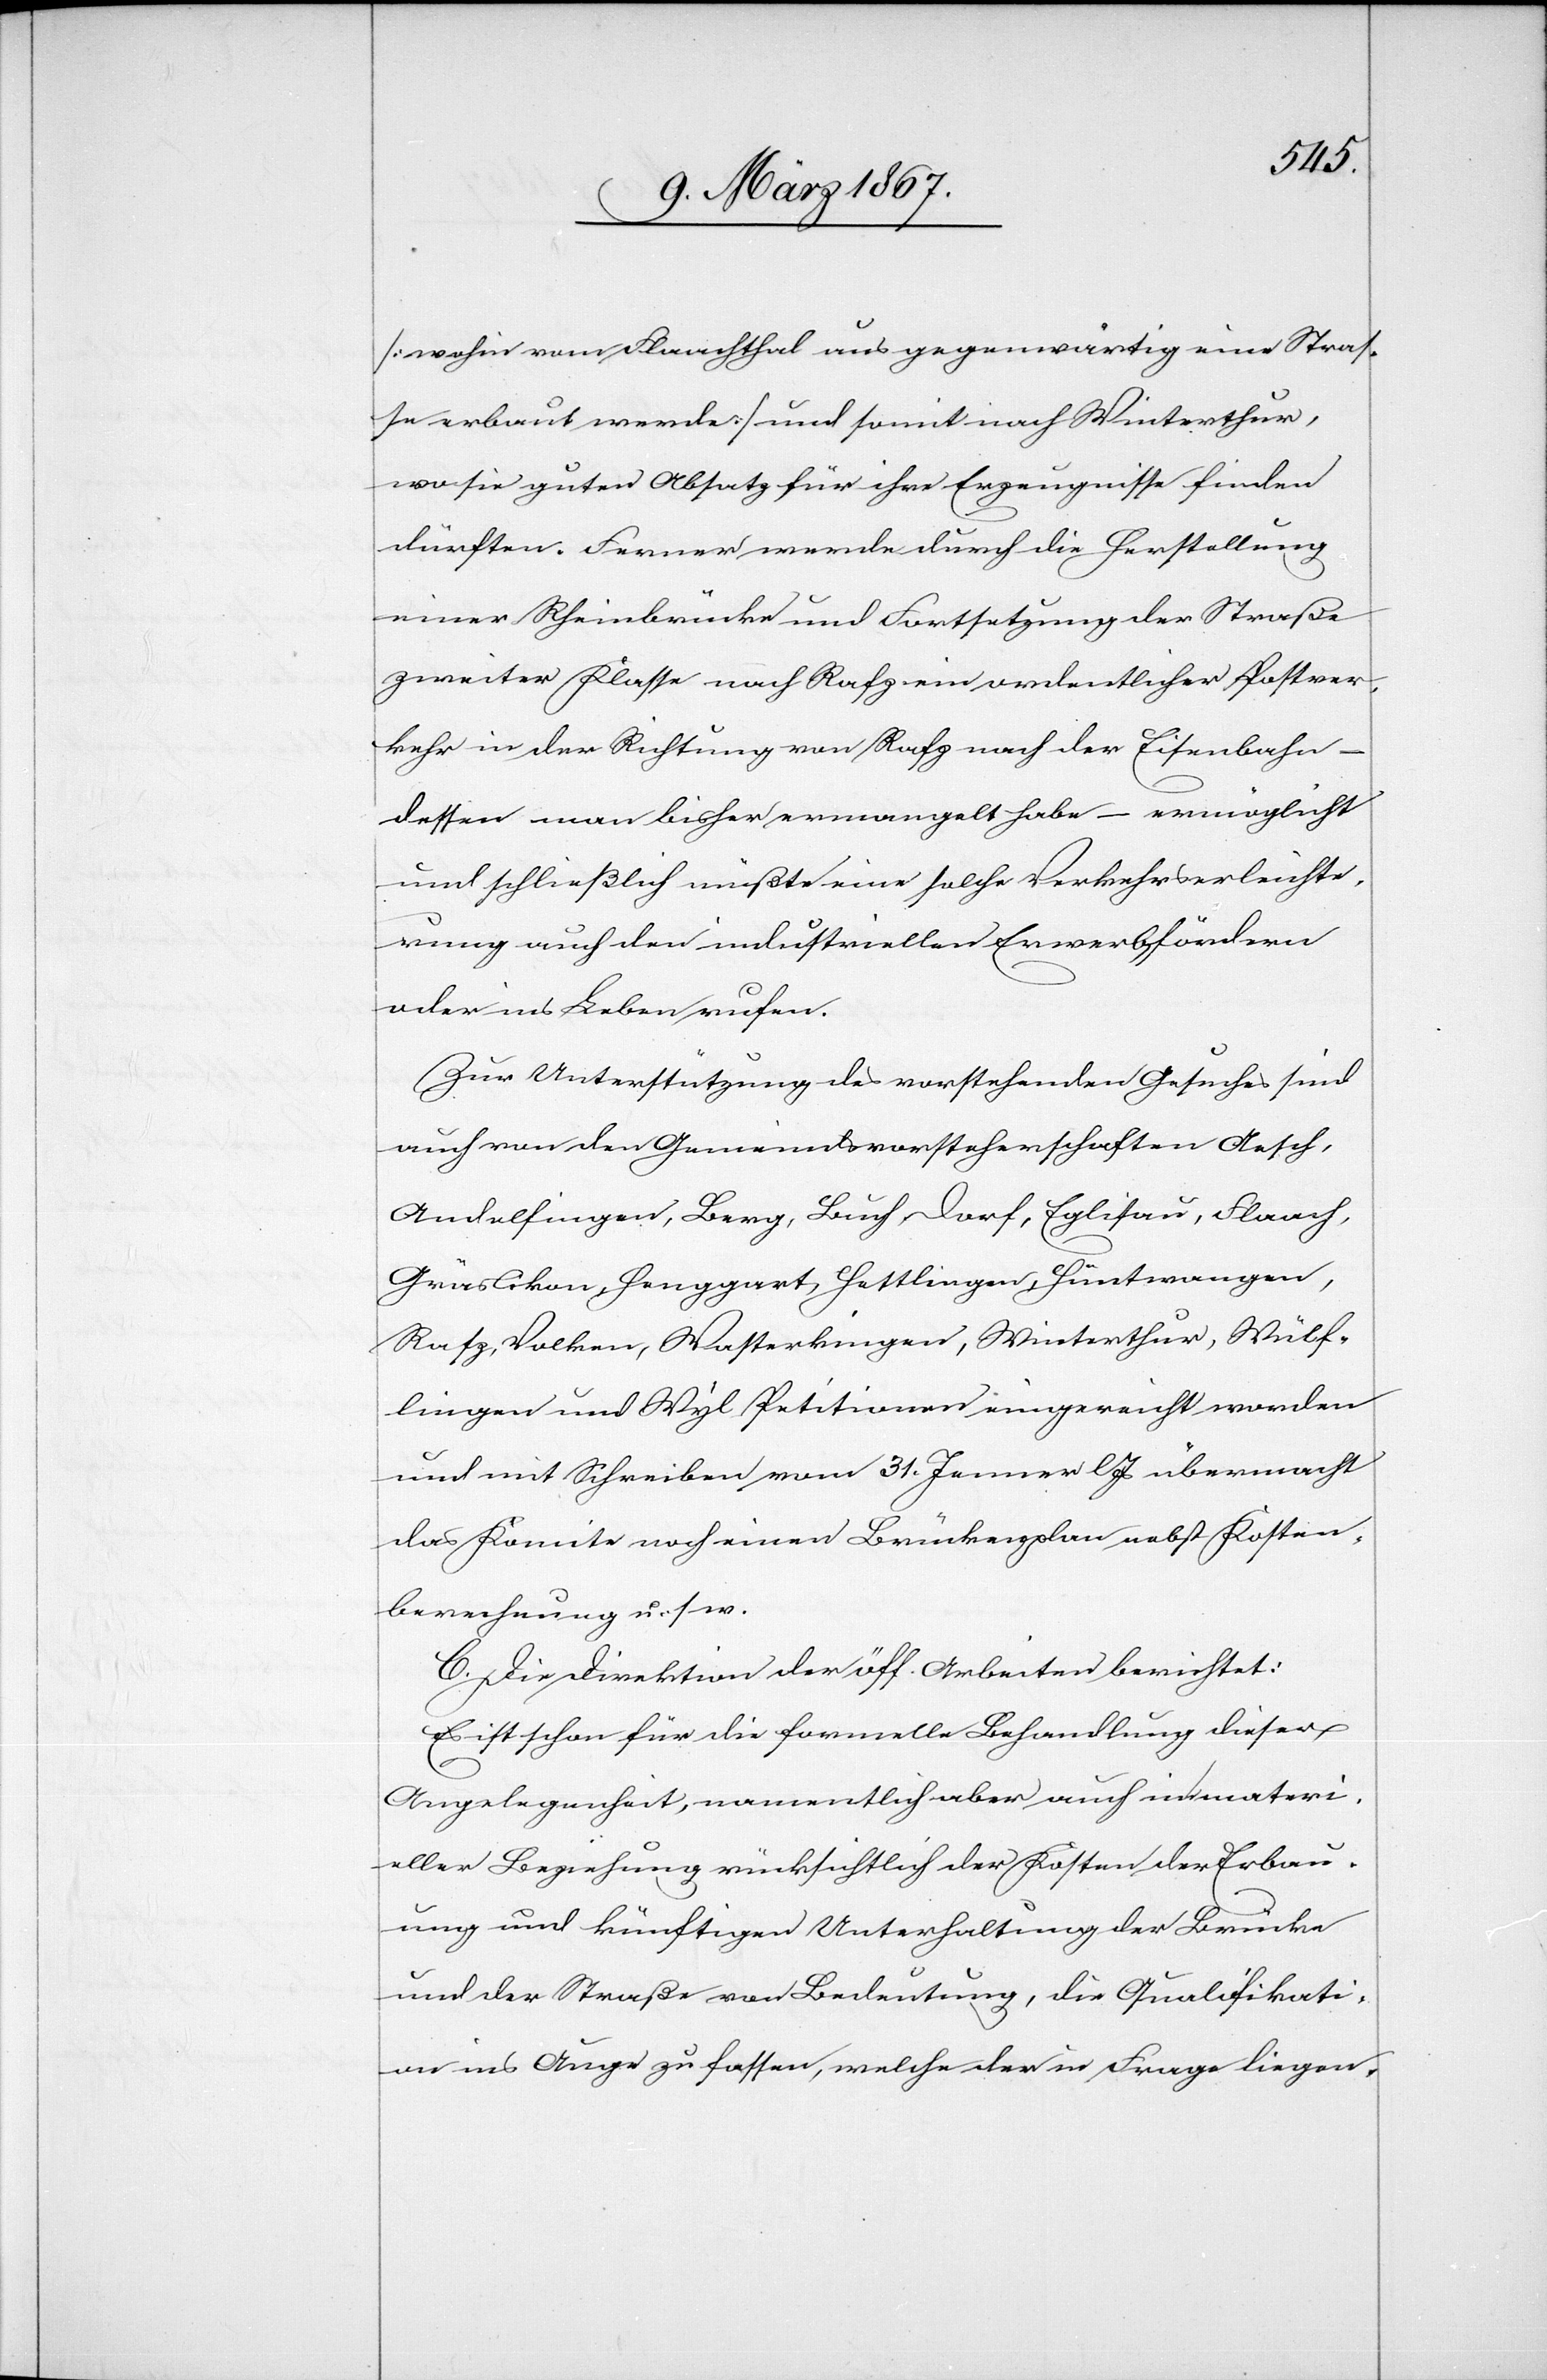
[wohin vom Flaachthal aus gegenwärtig eine Straß¬
e erbaut werde] und somit nach Winterthur
wo sie guten Absatz für ihre Erzeugnisse finden
dürften. Ferner werde durch die Herstellung
einer Rheinbrücke und Fortsetzung der Straße
zweiter Klasse nach Rafz ein ordentlicher Postver¬
kehr in der Richtung von Rafz nach der Eisenbahn –
dessen man bisher ermangelt habe – ermöglicht
und schließlich müßte eine solche Verkehrserleichte¬
rung auch den industriellen Erwerb fördern
oder ins Leben rufen.
Zur Unterstützung des vorstehenden Gesuches sind
auch von den Gemeindsvorsteherschaften Aesch,
Andelfingen, Berg, Buch, Dorf, Eglisau, Flaach,
Gräslikon, Henggart, Hettlingen, Hüntwangen,
Rafz, Volken, Wasterkingen, Winterthur, Wülf¬
lingen und Wyl Petitionen eingereicht worden
und mit Schreiben vom 31 Jenner l. Js übermacht
das Komite noch einen Brückenplan nebst Kosten¬
berechnung u. s. w.
C. Die Direktion der öff. Arbeiten berichtet:
Es ist schon für die formelle Behandlung dieser
Angelegenheit, namentlich aber auch in materi¬
eller Beziehung rücksichtlich der Kosten der Erbau¬
ung und künftigen Unterhaltung der Brücke
und der Straße von Bedeutung, die Qualifikati¬
on ins Auge zu fassen, welche der in Frage liegen-